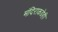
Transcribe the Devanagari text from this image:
मंदिराकडेही